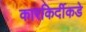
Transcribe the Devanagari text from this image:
कारकिर्दीकडे